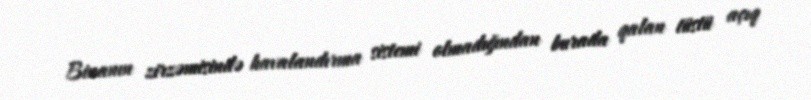
Binanın zirzəmisində havalandırma sistemi olmadığından burada qalan tüstü açıq